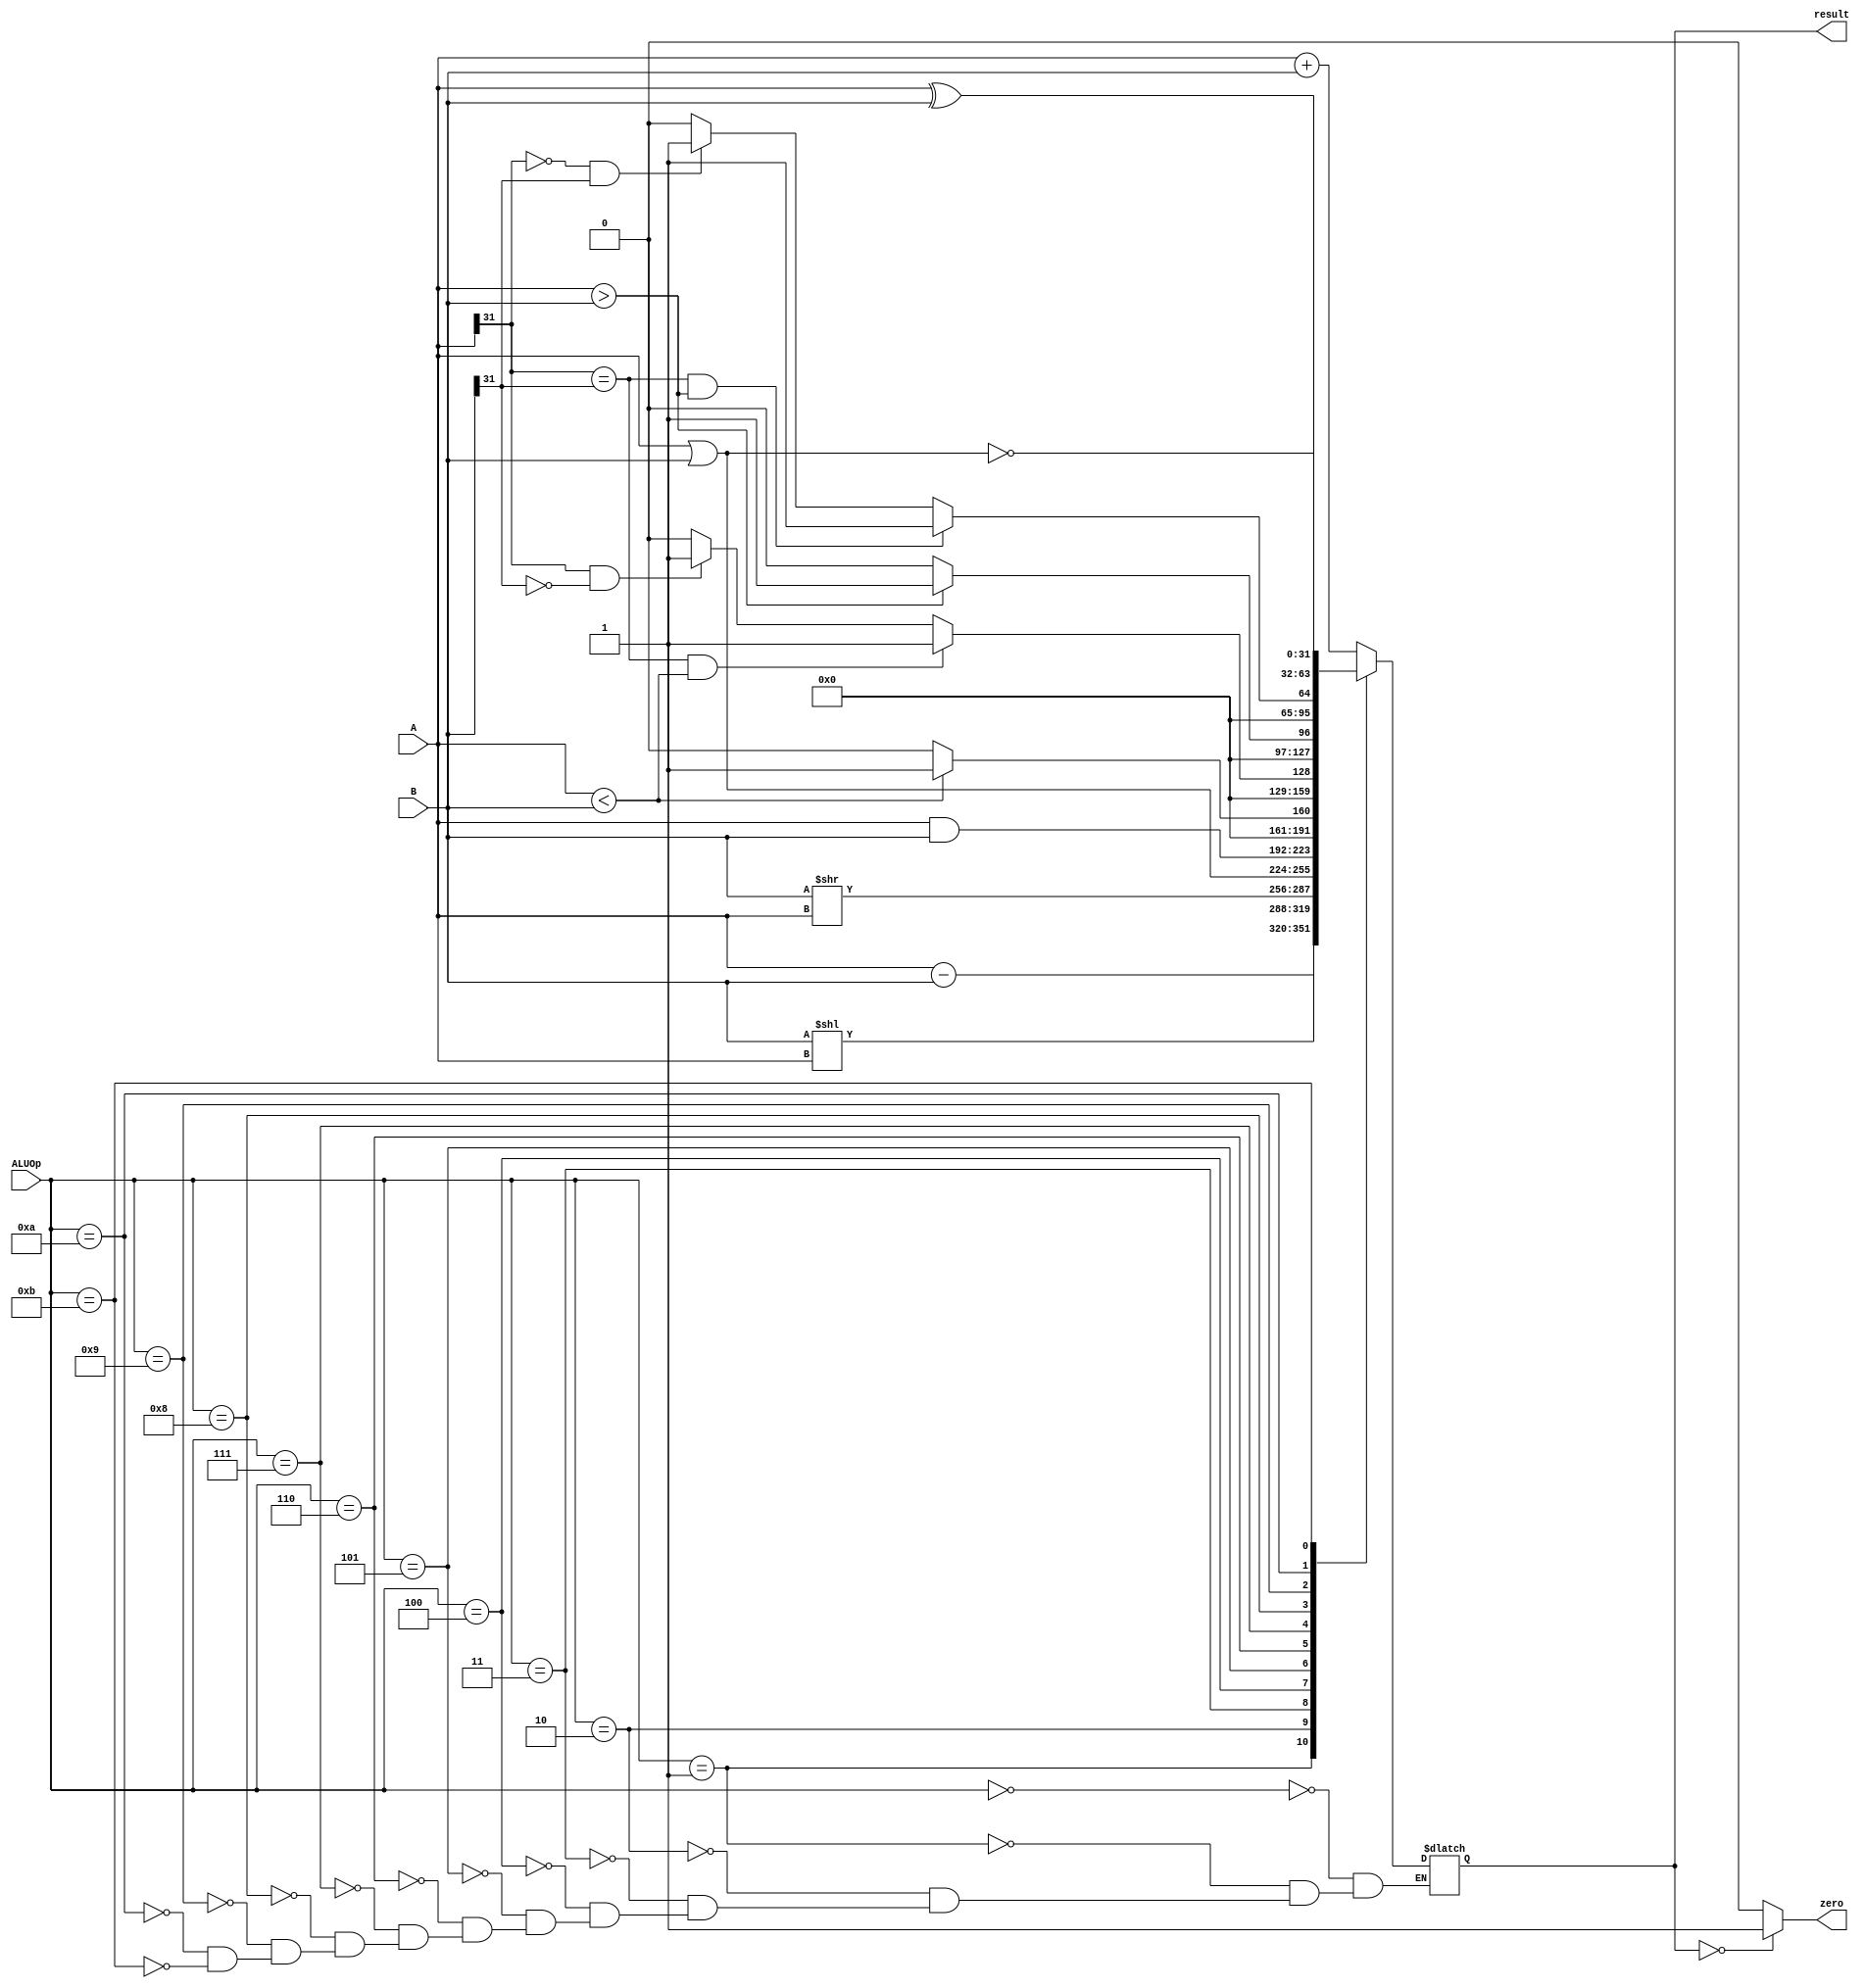
`timescale 1ns / 1ps
//////////////////////////////////////////////////////////////////////////////////
// Company: 
// Engineer: 
// 
// Design Name: 
// Module Name: ALU
// Project Name: 
// Target Devices: 
// Tool Versions: 
// Description: 
// 
// Dependencies: 
// 
// Revision:
// Revision 0.01 - File Created
// Additional Comments:
// 
//////////////////////////////////////////////////////////////////////////////////


module ALU(
    input [3:0] ALUOp,  //ALU
    input [31:0] A,     //1
    input [31:0] B,     //2
    output reg [31:0] result,   //ALU
    output zero    // 010
    );
    
    assign zero = (result == 0) ? 1 : 0; // 010
    
    always @(ALUOp or A or B) begin
        //
        case(ALUOp)
            4'b0000: result = A + B;
            4'b0001: result = A - B;
            4'b0010: result = B << A;
            4'b0011: result = B >> A;
            4'b0100: result = A | B;
            4'b0101: result = A & B;
            4'b0110: result = (A < B) ? 1 : 0; 
            4'b0111: begin                     
                        if((A[31] == B[31]) && (A < B)) result = 1;
                        else if(A[31]==1 && B[31]==0) result = 1;
                        else result = 0;
                    end
            4'b1000: result = (A > B) ? 1 : 0; 
            4'b1001: begin                     
                        if((A[31] == B[31]) && (A > B)) result = 1;
                        else if(A[31]==0 && B[31]==1) result = 1;
                        else result = 0;
                    end       
            4'b1010: result = A ^ B;
            4'b1011: result = ~(A|B);
        endcase
    end
endmodule